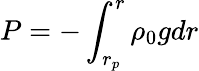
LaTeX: P=-\int_{r_{p}}^{r}\rho_{0}{g}dr